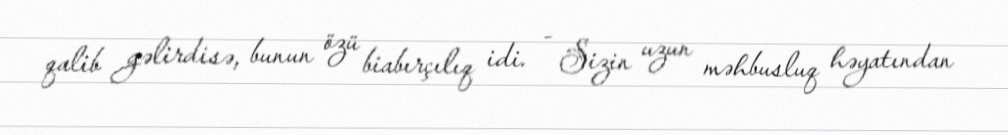
qalib gəlirdisə, bunun özü biabırçılıq idi. - Sizin uzun məhbusluq həyatından